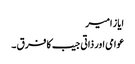
ایاز امیر
عوامی اور ذاتی جیب کا فرق ۔